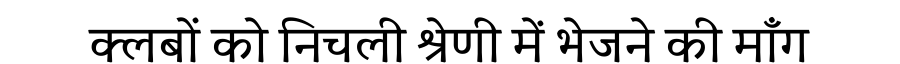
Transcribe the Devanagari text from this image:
क्लबों को निचली श्रेणी में भेजने की माँग